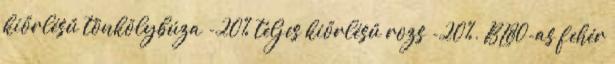
kiőrlésű tönkölybúza -20% teljes kiőrlésű rozs -20%. BL80-as fehér